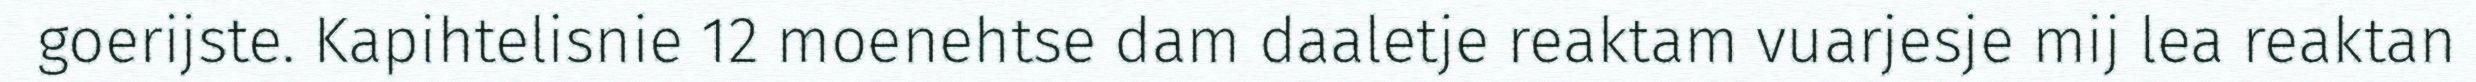
goerijste. Kapihtelisnie 12 moenehtse dam daaletje reaktam vuarjesje mij lea reaktan